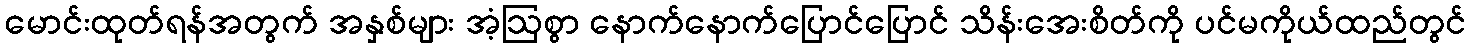
မောင်းထုတ်ရန်အတွက် အနှစ်များ အံ့ဩစွာ နောက်နောက်ပြောင်ပြောင် သိန်းအေးစိတ်ကို ပင်မကိုယ်ထည်တွင်